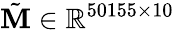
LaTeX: \tilde{\mathbf{M}}\in\mathbb{R}^{50155\times 10}